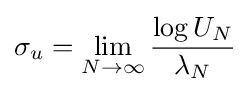
\sigma _{u}=\lim _{N\rightarrow \infty }{\frac {\log U_{N}}{\lambda _{N}}}